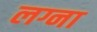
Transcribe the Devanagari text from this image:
लग्ना